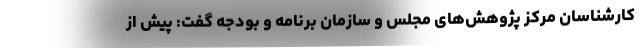
کارشناسان مرکز پژوهش‌های مجلس و سازمان برنامه و بودجه گفت: پیش از